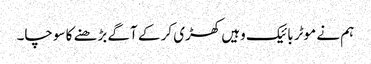
ہم نے موٹر بائیک وہیں کھڑی کر کے آگے بڑھنے کا سوچا۔